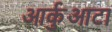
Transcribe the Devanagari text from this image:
आर्कुआटा